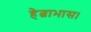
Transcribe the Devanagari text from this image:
हेत्वाभास।